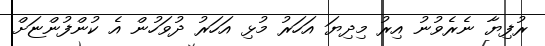
ރުފިޔާ ނެރެވުނު އިރު މިދިޔަ އަހަރު މުޅި އަހަރު ދުވަހުން އެ ކުންފުންޏަށް